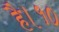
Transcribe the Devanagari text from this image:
है।१०